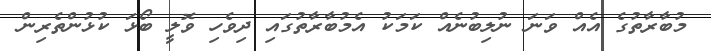
މުބާރާތުގެ އެއް ވަނަ ނުލިބުނެއް ކަމަކު އެމުބާރާތުގައި ދިވެހި ވޮލީ ބޯޅަ ކުޅުންތެރިން